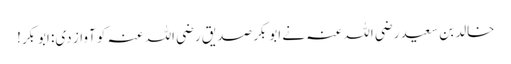
خالد بن سعید رضی اللہ عنہ نے ابوبکر صدیق رضی اللہ عنہ کو آواز دی: ابوبکر!